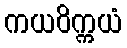
ကယဝိက္ကယံ